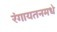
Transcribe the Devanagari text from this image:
रंगायतनमधे